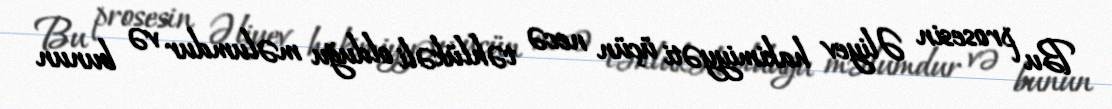
Bu prosesin Əliyev hakimiyyəti üçün necə təhlükəli olduğu məlumdur və bunun